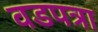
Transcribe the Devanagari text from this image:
वडपत्रा